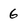
Character: 6